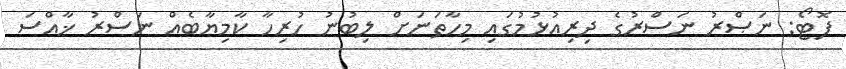
ފޮޓޯ: ނަޞްރު ނަސްރުގެ ދިރިއުޅުމުގައި މިހާތަނަށް ލިބުނު ހުރިހާ ކާމިޔާބެއް ނަސްރު ޚާއްސަ